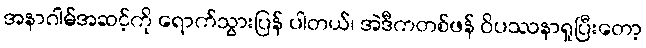
အနာဂါမ်အဆင့်ကို ရောက်သွားပြန် ပါတယ်၊ အဲဒီကတစ်ဖန် ဝိပဿနာရှုပြီးတော့